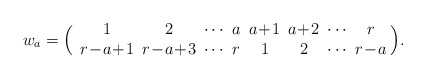
\begin{align*} w_a=\Big(\begin{array}{ccccccccc}1\!&\!2\!&\!\cdots\!&\!a\!&\!a\!+\!1\!&\!a\!+\!2\!&\!\cdots\!& r\\r\!-\!a\!+\!1\!&\!r\!-\!a\!+\!3\!&\!\cdots\!&\! r \!& 1 \!&\!\! 2\!\!&\!\cdots\!&\!r\!-\!a\!\end{array}\Big).\end{align*}